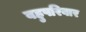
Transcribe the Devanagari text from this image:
बहुपरिवार